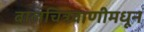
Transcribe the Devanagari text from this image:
बालचित्रवाणीमधून